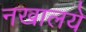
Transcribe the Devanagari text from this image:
नखालये